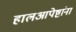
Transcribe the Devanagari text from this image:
हालआपेष्टांना